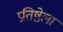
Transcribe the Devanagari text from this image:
प्रतिष्ठेला